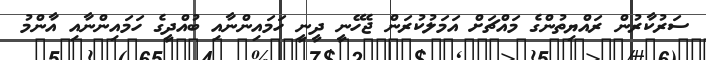
ސަރުކާރުން ރައްޔިތުންގެ މައްޗަށް އަމަލުކުރަން ޖެހޭނީ ދީނީ ހަމައިންނާއި ބުއްދީގެ ހަމައިންނާއި އާންމު